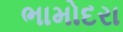
ભામોદરા